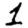
Digit: 1